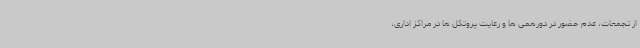
از تجمعات، عدم حضور در دورهمی ها و رعایت پروتکل ها در مراکز اداری،